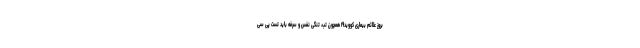
بروز علائم بیماری کووید۱۹ همچون تب، تنگی نفس و سرفه باید تست پی سی